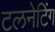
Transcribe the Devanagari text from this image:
टलनेटिंग